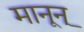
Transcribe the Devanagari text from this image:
मानून्